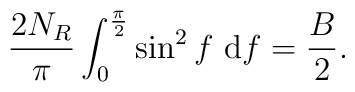
\frac{2 N_{R}}{\pi} \int_{0}^{\frac{\pi}{2}}\sin^2 f~ {\rm d} f = \frac{B}{2}.